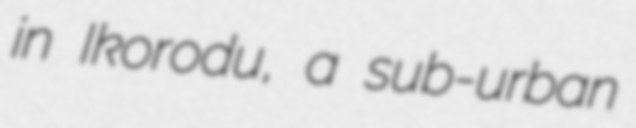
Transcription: in Ikorodu, a sub-urban